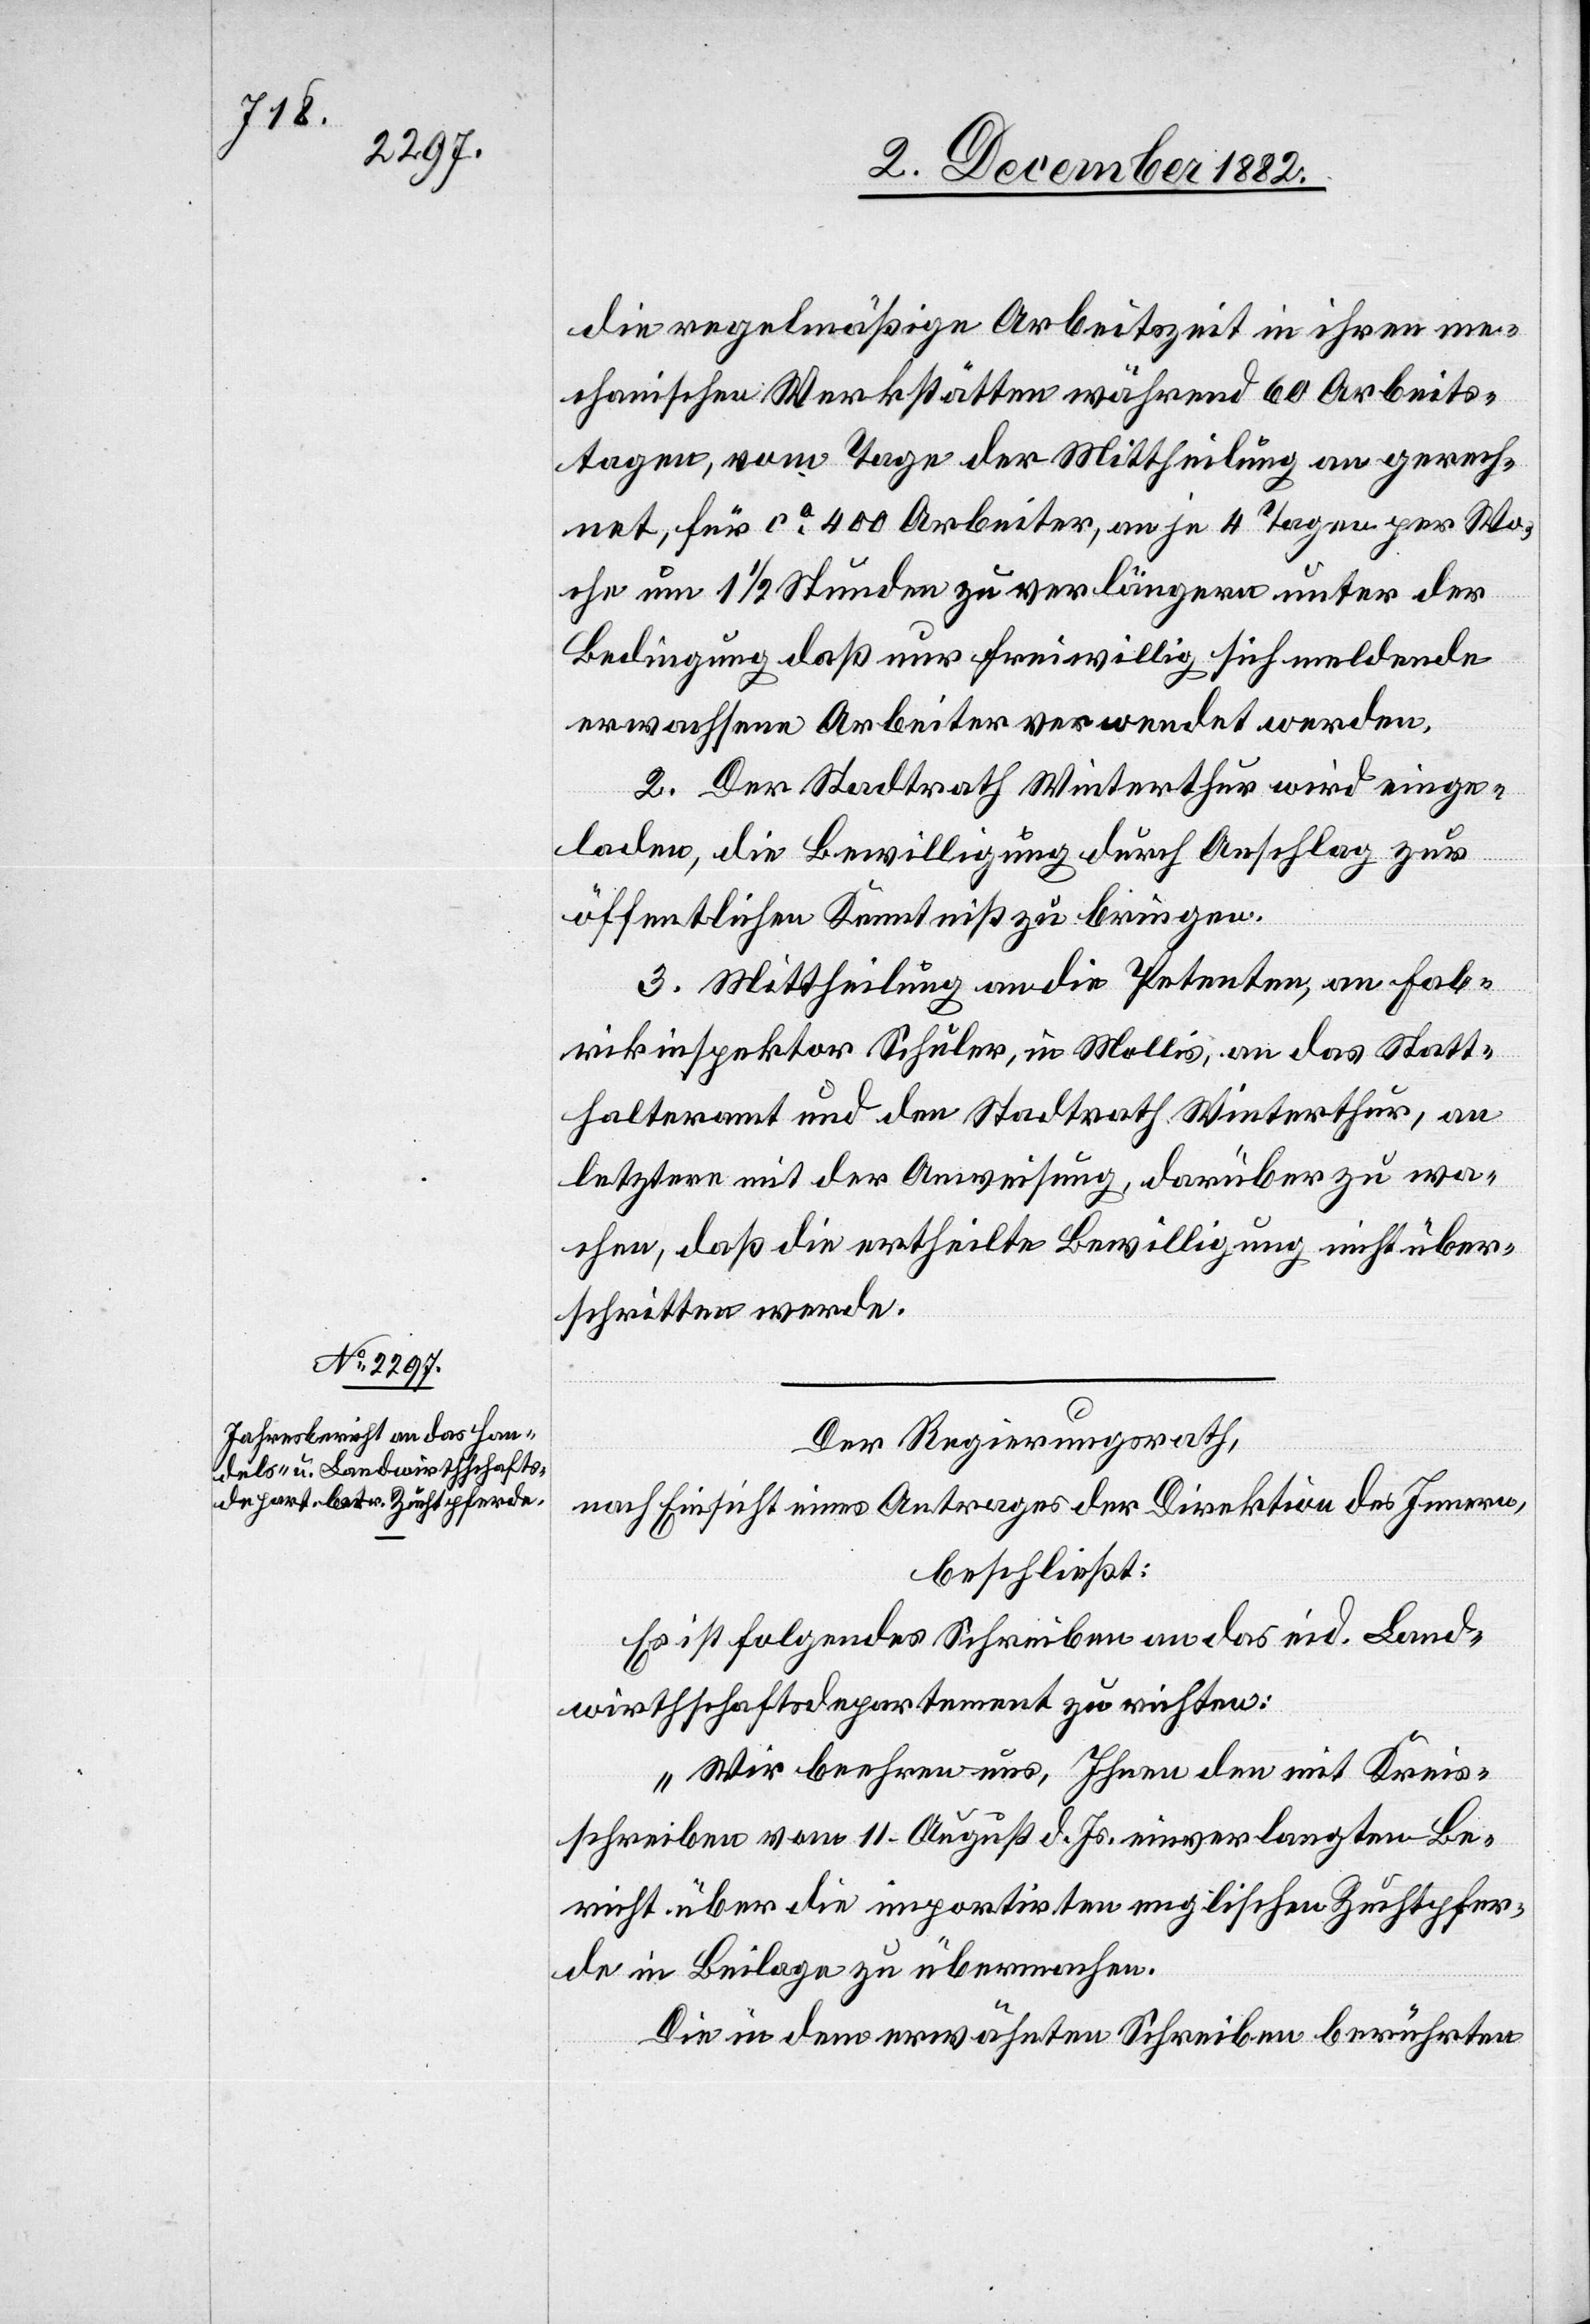
die regelmäßige Arbeitszeit in ihren me¬
chanischen Werkstätten während 60 Arbeits¬
tagen, vom Tage der Mittheilung an gerech¬
net, für ca 400 Arbeiter, an je 4 Tagen per Wo¬
che um 1 1/2 Stunden zu verlängern unter der
Bedingung daß nur freiwillig sich meldende
erwachsene Arbeiter verwendet werden.
2. Der Stadtrath Winterthur wird einge¬
laden, die Bewilligung durch Anschlag zur
öffentlichen Kenntniß zu bringen.
3. Mittheilung an die Petenten, an Fab¬
rikinspektor Schuler, in Mollis, an das Statt¬
halteramt und den Stadtrath Winterthur, an
letztern mit der Anweisung, darüber zu wa¬
chen, daß die ertheilte Bewilligung nicht über¬
schritten werde.
Der Regierungsrath,
nach Einsicht eines Antrages der Direktion des Innern,
beschließt:
Es ist folgendes Schreiben an das eid. Land¬
wirthschaftsdepartement zu richten:
„Wir beehren uns, Ihnen den mit Kreis¬
schreiben vom 11. August d. Js. einverlangten Be¬
richt über die importirten englischen Zuchtpfer¬
de in Beilage zu übermachen.
Die in dem erwähnten Schreiben berührten